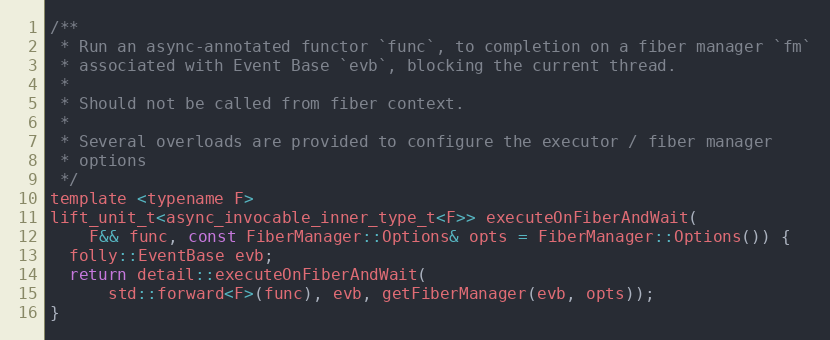
Language: C
/**
 * Run an async-annotated functor `func`, to completion on a fiber manager `fm`
 * associated with Event Base `evb`, blocking the current thread.
 *
 * Should not be called from fiber context.
 *
 * Several overloads are provided to configure the executor / fiber manager
 * options
 */
template <typename F>
lift_unit_t<async_invocable_inner_type_t<F>> executeOnFiberAndWait(
    F&& func, const FiberManager::Options& opts = FiberManager::Options()) {
  folly::EventBase evb;
  return detail::executeOnFiberAndWait(
      std::forward<F>(func), evb, getFiberManager(evb, opts));
}